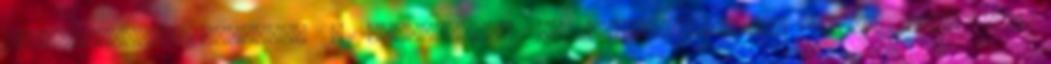
továbbiakban: Testület a rádiózásról és televíziózásról szóló 1996. évi